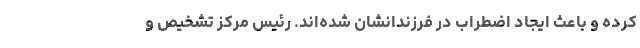
کرده و باعث ایجاد اضطراب در فرزندانشان شده‌اند. رئیس مرکز تشخیص و